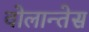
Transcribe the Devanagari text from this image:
वोलान्तेस